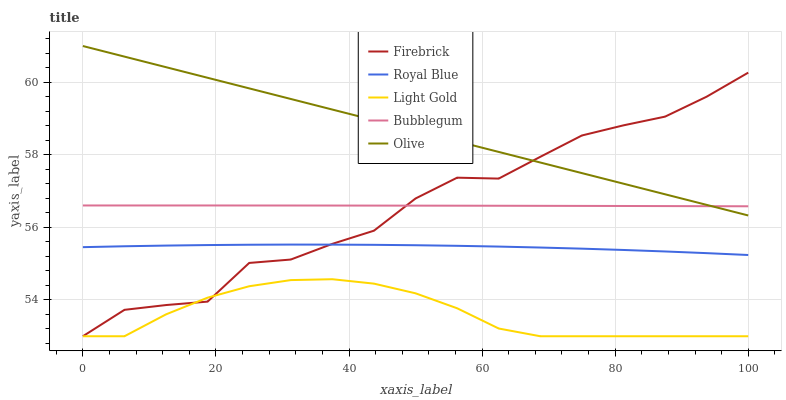
| xaxis_label | Firebrick | Royal Blue | Light Gold | Bubblegum | Olive |
 | --- | --- | --- | --- | --- | --- |
 | 0 | 53 | 55.5 | 53 | 56.6 | 61 |
 | 6.25 | 53.7 | 55.5 | 53 | 56.6 | 60.7 |
 | 12.5 | 53.9 | 55.5 | 53.6 | 56.6 | 60.4 |
 | 18.8 | 54 | 55.5 | 54.1 | 56.6 | 60.1 |
 | 25 | 55 | 55.5 | 54.4 | 56.6 | 59.8 |
 | 31.2 | 55.1 | 55.5 | 54.5 | 56.6 | 59.5 |
 | 37.5 | 55.5 | 55.5 | 54.6 | 56.6 | 59.2 |
 | 43.8 | 55.9 | 55.5 | 54.5 | 56.6 | 59 |
 | 50 | 56.8 | 55.5 | 54.2 | 56.6 | 58.7 |
 | 56.2 | 57.4 | 55.5 | 53.8 | 56.6 | 58.4 |
 | 62.5 | 57.3 | 55.5 | 53.2 | 56.6 | 58.1 |
 | 68.8 | 57.9 | 55.4 | 53 | 56.6 | 57.8 |
 | 75 | 58.5 | 55.4 | 53 | 56.6 | 57.5 |
 | 81.2 | 58.8 | 55.4 | 53 | 56.6 | 57.2 |
 | 87.5 | 59.1 | 55.3 | 53 | 56.6 | 56.9 |
 | 93.8 | 59.6 | 55.3 | 53 | 56.6 | 56.6 |
 | 100 | 60.3 | 55.2 | 53 | 56.6 | 56.3 |